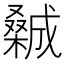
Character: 𣜽